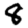
Digit: 8